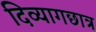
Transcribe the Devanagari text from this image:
दिव्यागछात्र